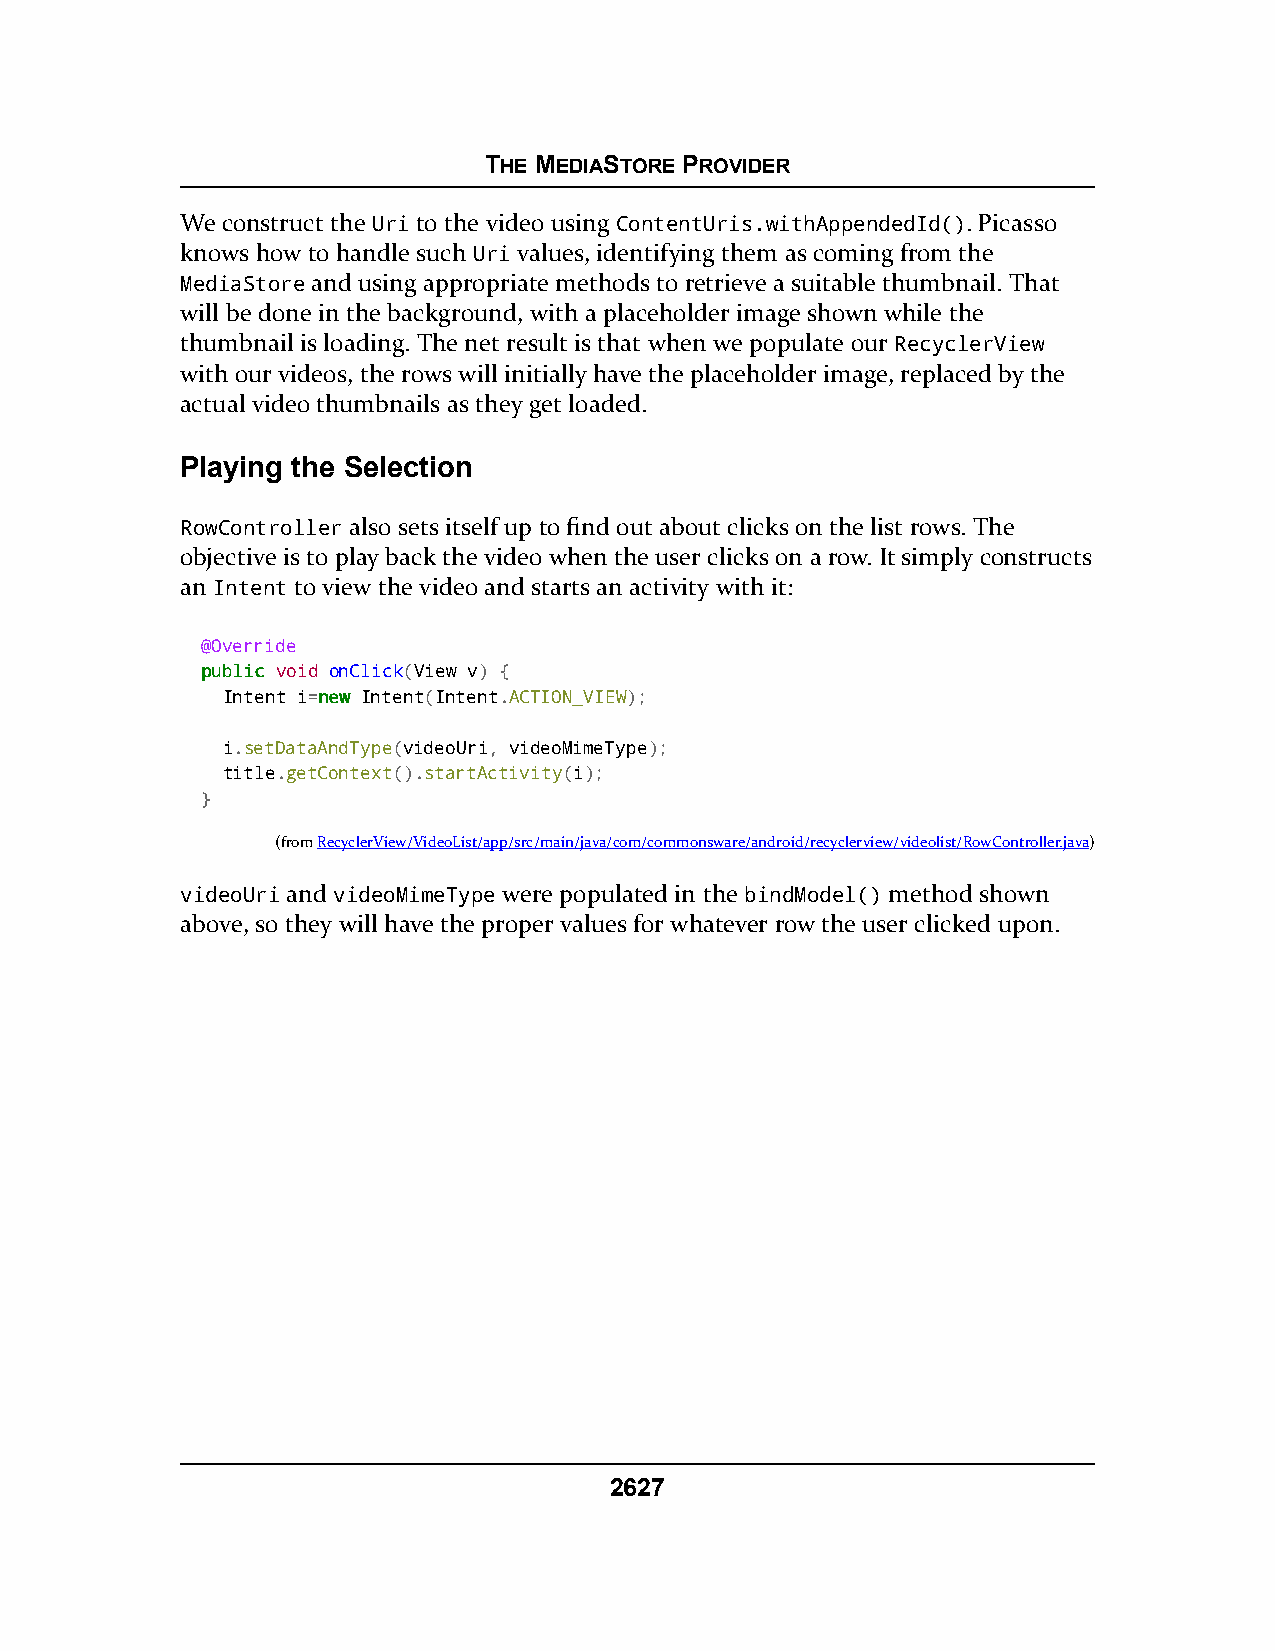
THE MEDIASTORE PROVIDER
 We construct the Uri to the video using ContentUris.withAppendedId(). Picasso
 knows how to handle such Uri values, identifying them as coming from the
 MediaStore and using appropriate methods to retrieve a suitable thumbnail. That
 will be done in the background, with a placeholder image shown while the
 thumbnail is loading. The net result is that when we populate our RecyclerView
 with our videos, the rows will initially have the placeholder image, replaced by the
 actual video thumbnails as they get loaded.
 Playing the Selection
 RowController also sets itself up to find out about clicks on the list rows. The
 objective is to play back the video when the user clicks on a row. It simply constructs
 an Intent to view the video and starts an activity with it:
 @Override
 ppuubblliicc void onClick(View v) {
 Intent i=nneeww Intent(Intent.ACTION_VIEW);
 i.setDataAndType(videoUri, videoMimeType);
 title.getContext().startActivity(i);
 }
 (fromRecyclerView/VideoList/app/src/main/java/com/commonsware/android/recyclerview/videolist/RowController.java)
 videoUri and videoMimeType were populated in the bindModel() method shown
 above, so they will have the proper values for whatever row the user clicked upon.
 2627